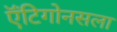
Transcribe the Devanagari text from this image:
ऍंटिगोनसला